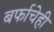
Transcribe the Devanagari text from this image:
बर्फाचेही